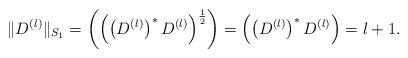
LaTeX: \begin{align*}\|D^{(l)}\|_{S_1}=\left(\left(\left(D^{(l)}\right)^*D^{(l)}\right)^{\frac{1}{2}}\right)=\left(\left(D^{(l)}\right)^*D^{(l)}\right)=l+1.\end{align*}